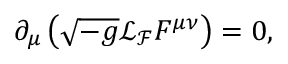
\partial _ { \mu } \left( \sqrt { - g } \mathcal { L } _ { \mathcal { F } } F ^ { \mu \nu } \right) = 0 ,